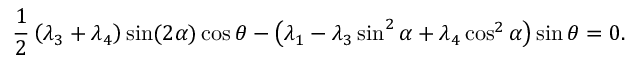
\frac { 1 } { 2 } \left( \lambda _ { 3 } + \lambda _ { 4 } \right) \sin ( 2 \alpha ) \cos { \theta } - \left( \lambda _ { 1 } - \lambda _ { 3 } \sin ^ { 2 } \alpha + \lambda _ { 4 } \cos ^ { 2 } { \alpha } \right) \sin { \theta } = 0 .